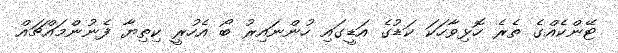
ޓޭންކެއްގެ ތެރެ ހޮޅިވާހަކަ ކަޑުގެ އަޑީގައި ހުންނައިރު ބޯ އެހުރީ ކިތިޔާ ފެނުންމައްޗައް